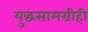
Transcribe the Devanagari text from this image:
युद्धसामग्रीही